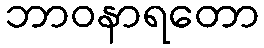
ဘာဝနာရတော